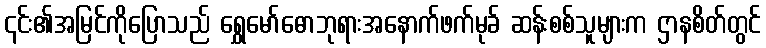
၎င်း၏အမြင်ကိုပြောသည် ရွှေမော်ဓောဘုရားအနောက်ဖက်မုခ် ဆန်းစစ်သူများက ဌာနစိတ်တွင်